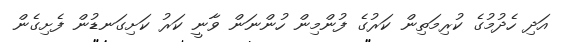
އަދި ހެދުމުގެ ކުރިމަތިން ކަރުގެ ފުންމިން ހުންނަން ވާނީ ކަރު ކަށިގަނޑުން ފެށިގެން